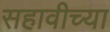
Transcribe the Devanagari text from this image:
सहावीच्या